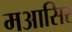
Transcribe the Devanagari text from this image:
मआसिर